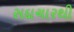
સદાચારથી